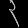
Digit: ၃